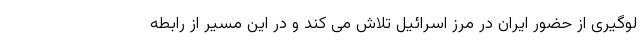
لوگیری از حضور ایران در مرز اسرائیل تلاش می کند و در این مسیر از رابطه